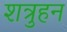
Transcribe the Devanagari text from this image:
शत्रुहन